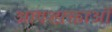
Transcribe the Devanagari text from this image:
आवश्य़क्ताओं